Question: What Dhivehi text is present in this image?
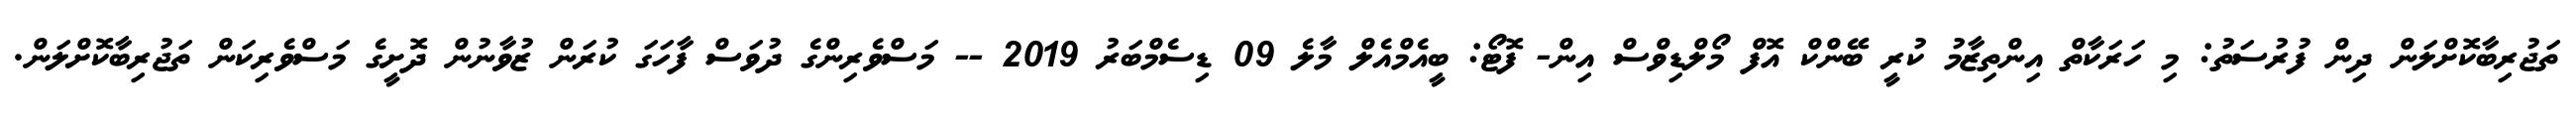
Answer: ތަޖުރިބާކޮށްލަން ދިން ފުރުސަތު: މި ހަރަކާތް އިންތިޒާމު ކުރީ ބޭންކް އޮފް މޯލްޑިވްސް އިން- ފޮޓޯ: ބީއެމްއެލް މާލެ 09 ޑިސެމްބަރު 2019 -- މަސްވެރިންގެ ދުވަސް ފާހަގަ ކުރަން ޒުވާނުން ދޮށީގެ މަސްވެރިކަން ތަޖުރިބާކޮށްލަން.